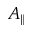
A _ { \parallel }